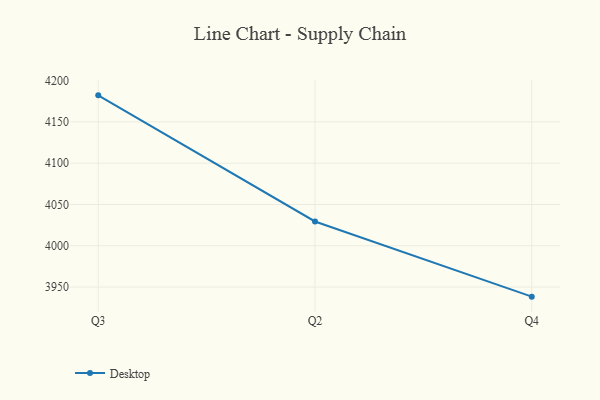
{"axis": {"x": "Quarter", "y": "Shipments"}, "legend": ["Desktop"], "data": [{"x": "Q3", "y": 4182.1, "type": "Desktop"}, {"x": "Q2", "y": 4029.4, "type": "Desktop"}, {"x": "Q4", "y": 3938.4, "type": "Desktop"}]}